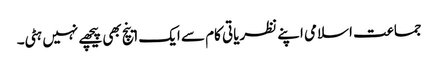
جماعت اسلامی اپنے نظریاتی کام سے ایک اینچ بھی پیچھے نہیں ہٹی۔